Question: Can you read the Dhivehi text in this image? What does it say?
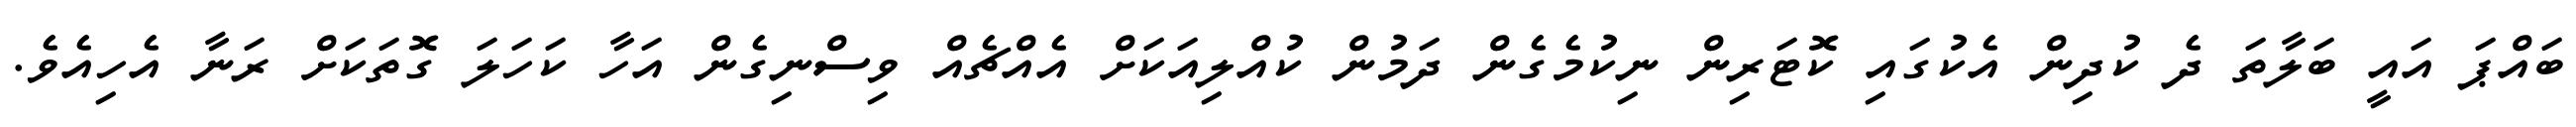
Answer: ބައްޕަ އައީ ބަލާތަ ދެ ކުދިން އެކުގައި ކޮޓަރިން ނިކުމެގެން ދަމުން ކުއްލިއަކަށް އެއްޗެއް ވިސްނިގެން އަހާ ކަހަލަ ގޮތަކަށް ރަނާ އެހިއެވެ.